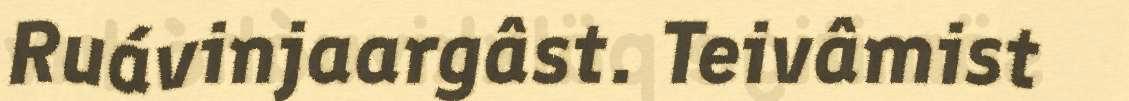
Ruávinjaargâst. Teivâmist